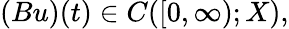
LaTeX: (Bu)(t)\in C([0,\infty);X),